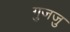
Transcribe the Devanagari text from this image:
गुजजु